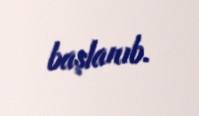
başlanıb.